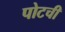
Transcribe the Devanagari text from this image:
पोटची